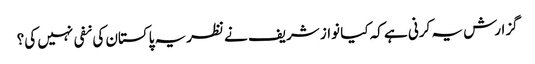
گزارش یہ کرنی ہے کہ کیا نواز شریف نے نظریہ پاکستان کی نفی نہیں کی؟